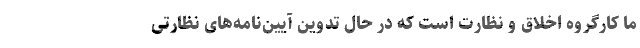
ما کارگروه اخلاق و نظارت است که در حال تدوین آیین‌نامه‌های نظارتی